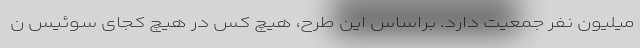
میلیون نفر جمعیت دارد. براساس این طرح، هیچ کس در هیچ کجای سوئیس ن